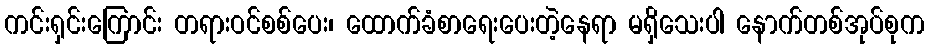
ကင်းရှင်းကြောင်း တရားဝင်စစ်ပေး၊ ထောက်ခံစာရေးပေးတဲ့နေရာ မရှိသေးပါ နောက်တစ်အုပ်စုက